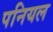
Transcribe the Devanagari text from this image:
पनियल